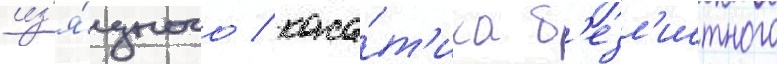
из'я́щного / каса́т'ика б'езл'истного